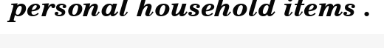
personal household items .